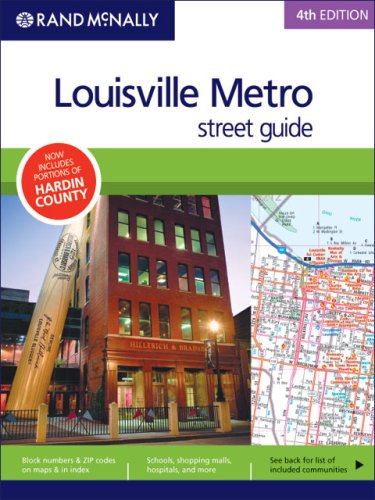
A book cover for Street Guide Louisville Metro (Rand McNally Louisville Metro Street Guide); Rand Mcnally; Travel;